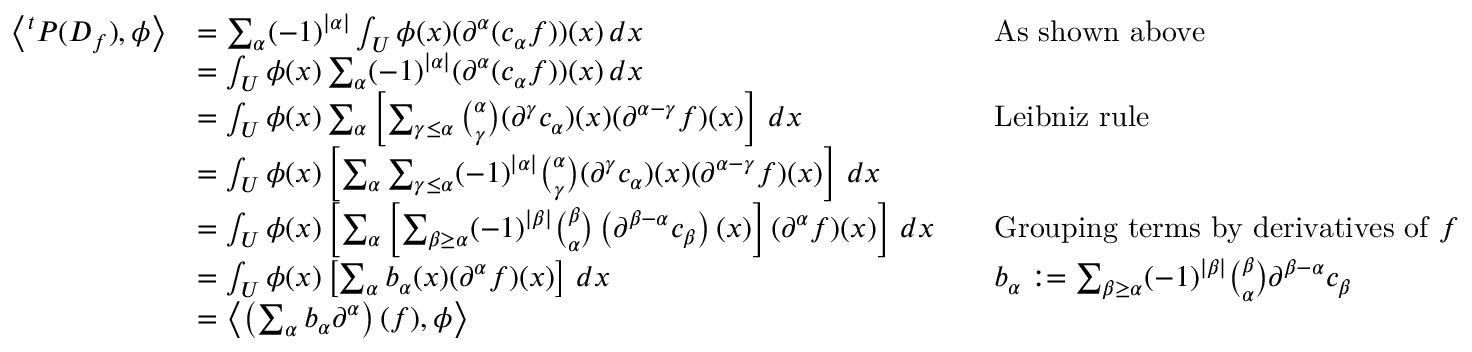
{ \begin{array} { r l r l } { \left\langle ^ { t } P ( D _ { f } ) , \phi \right\rangle } & { = \sum _ { \alpha } ( - 1 ) ^ { | \alpha | } \int _ { U } \phi ( x ) ( \partial ^ { \alpha } ( c _ { \alpha } f ) ) ( x ) \, d x } & & { { \mathrm { A s ~ s h o w n ~ a b o v e } } } \\ & { = \int _ { U } \phi ( x ) \sum _ { \alpha } ( - 1 ) ^ { | \alpha | } ( \partial ^ { \alpha } ( c _ { \alpha } f ) ) ( x ) \, d x } \\ & { = \int _ { U } \phi ( x ) \sum _ { \alpha } \left[ \sum _ { \gamma \leq \alpha } { \binom { \alpha } { \gamma } } ( \partial ^ { \gamma } c _ { \alpha } ) ( x ) ( \partial ^ { \alpha - \gamma } f ) ( x ) \right] \, d x } & & { { \mathrm { L e i b n i z ~ r u l e } } } \\ & { = \int _ { U } \phi ( x ) \left[ \sum _ { \alpha } \sum _ { \gamma \leq \alpha } ( - 1 ) ^ { | \alpha | } { \binom { \alpha } { \gamma } } ( \partial ^ { \gamma } c _ { \alpha } ) ( x ) ( \partial ^ { \alpha - \gamma } f ) ( x ) \right] \, d x } \\ & { = \int _ { U } \phi ( x ) \left[ \sum _ { \alpha } \left[ \sum _ { \beta \geq \alpha } ( - 1 ) ^ { | \beta | } { \binom { \beta } { \alpha } } \left( \partial ^ { \beta - \alpha } c _ { \beta } \right) ( x ) \right] ( \partial ^ { \alpha } f ) ( x ) \right] \, d x } & & { { \mathrm { G r o u p i n g ~ t e r m s ~ b y ~ d e r i v a t i v e s ~ o f ~ } } f } \\ & { = \int _ { U } \phi ( x ) \left[ \sum _ { \alpha } b _ { \alpha } ( x ) ( \partial ^ { \alpha } f ) ( x ) \right] \, d x } & & { b _ { \alpha } : = \sum _ { \beta \geq \alpha } ( - 1 ) ^ { | \beta | } { \binom { \beta } { \alpha } } \partial ^ { \beta - \alpha } c _ { \beta } } \\ & { = \left\langle \left( \sum _ { \alpha } b _ { \alpha } \partial ^ { \alpha } \right) ( f ) , \phi \right\rangle } \end{array} }